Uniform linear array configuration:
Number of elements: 24
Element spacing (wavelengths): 0.75
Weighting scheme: kaiser
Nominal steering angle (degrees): -15
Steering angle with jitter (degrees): -14.25
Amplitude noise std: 0.05
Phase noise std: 0.05

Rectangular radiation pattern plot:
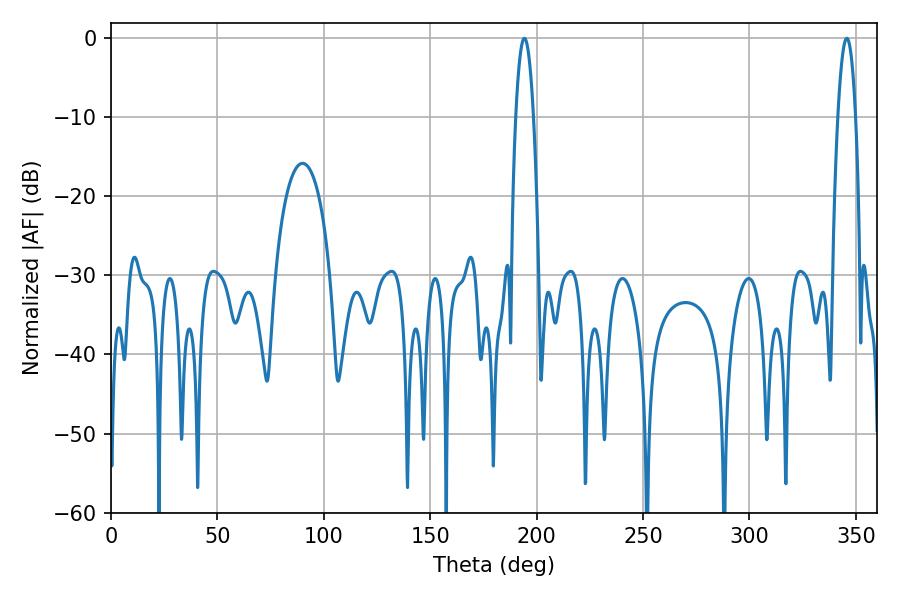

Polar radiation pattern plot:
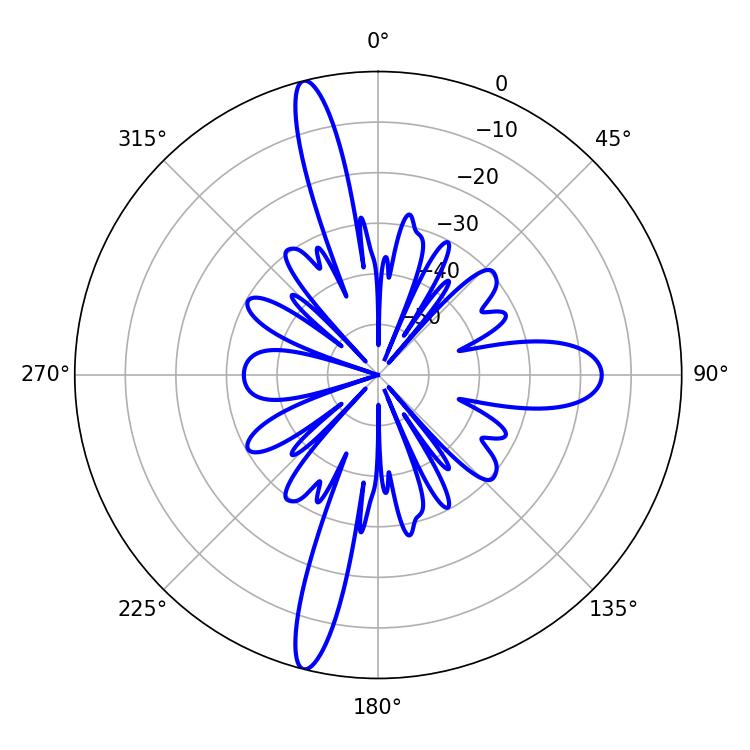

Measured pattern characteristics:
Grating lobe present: TRUE
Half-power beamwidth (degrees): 4.5
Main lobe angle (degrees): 194.22